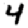
Digit: 4